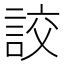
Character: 詨